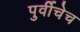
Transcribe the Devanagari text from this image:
पुर्वीचेच